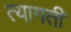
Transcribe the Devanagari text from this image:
त्यागतीं